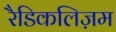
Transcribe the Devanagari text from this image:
रैडिकलिज़म